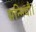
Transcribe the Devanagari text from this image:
सन्निधौ।